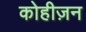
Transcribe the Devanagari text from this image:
कोहीज़न